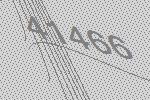
41466